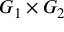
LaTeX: G _ { 1 } \times G _ { 2 }